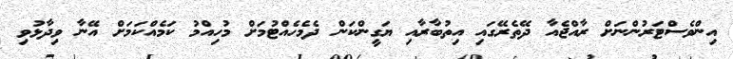
އިންވެސްޓަރުންނަށް ރާއްޖެއާ ދޭތެރޭގައި އިތުބާރާއި ޔަގީންކަން ދެމެހެއްޓުމަށް މުހިއްމު ކަމެއްކަމަށް އޭނާ ވިދާޅުވި